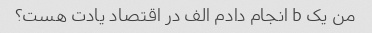
من یک b انجام دادم الف در اقتصاد یادت هست؟